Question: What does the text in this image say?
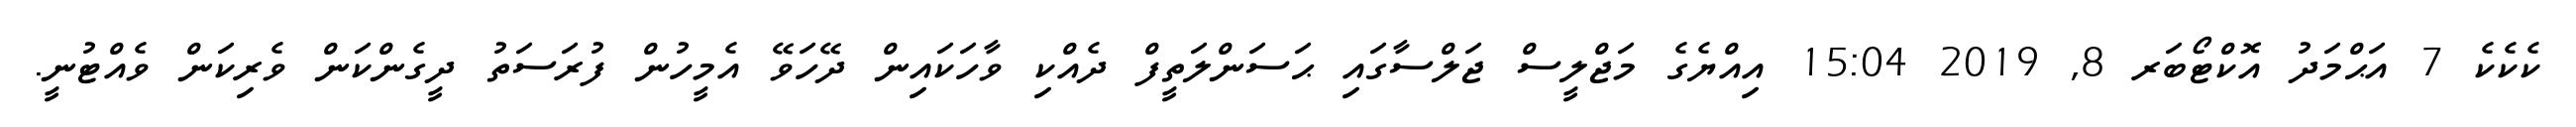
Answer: ކެކެކެ 7 އަޙްމަދު އޮކްޓޯބަރ 8, 2019 15:04 އިއްޔެގެ މަޖްލީސް ޖަލްސާގައި ޙަސަންލަތީފް ދެއްކި ވާހަކައިން ދޭހަވޭ އެމީހުން ފުރަސަތު ދީގެންކަން ވެރިކަން ވެއްޓުނީ.